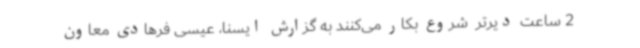
2 ساعت دیرتر  شروع بکار می‌کنند به گزارش ایسنا، عیسی فرهادی معاون